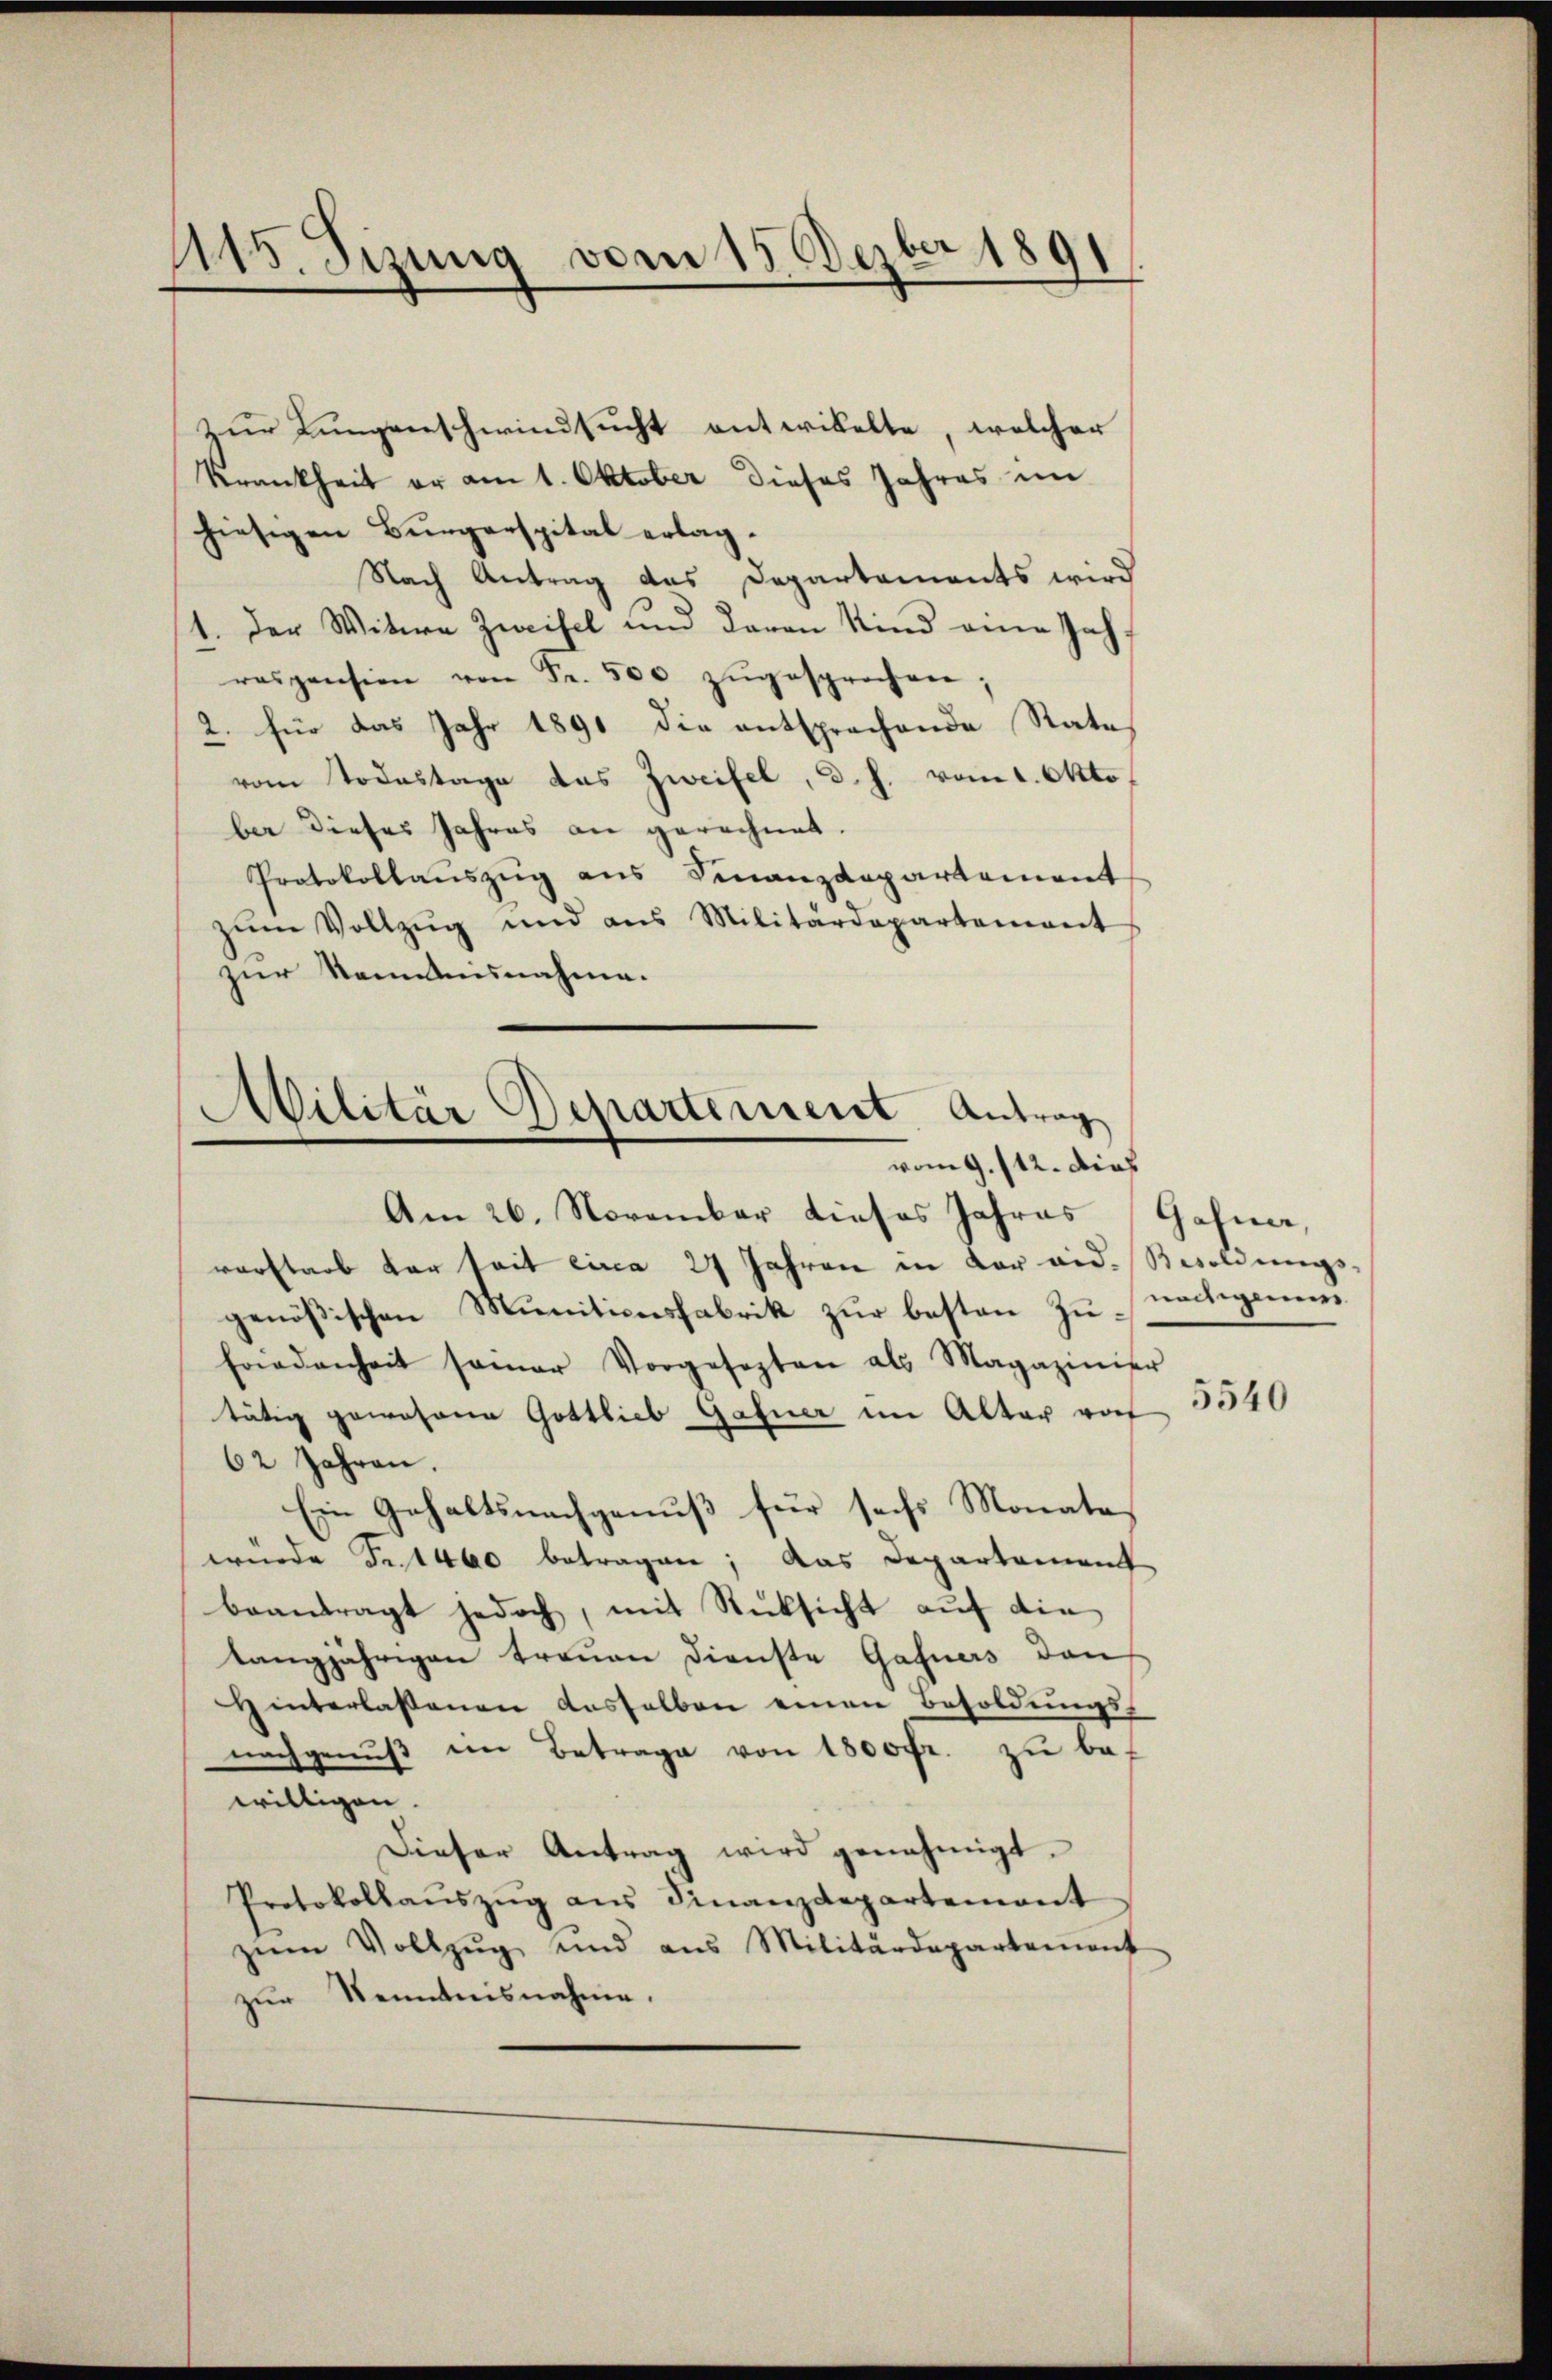
1115. Sizung vom 15. Dezbr 1891

zur Lungenschwindsucht entwickelte, welcher
Krankheit er am 1. Oktober dieses Jahres im
hiesigen Burgerspital erlag.
Nach Antrag das Departements wird
1. Der Witwe Zweifel und Baron Kind eine Jahraspension von Fr. 500 zŭgesprochen;
2. für das Jahr 1890 die entsprechende Rates
vom Todestage das Zweifel, d. h. vom 1. Okto
ber dieses Jahres an gerechnet.
Protokollauszug aus Finanzdepartement
zŭm Vollzŭg und aus Militärdepartement
zur Sandausnahme.

Militär Departement Antrag
vom 9. 112. dich

Am 26. November dieses Jahres Gafner,
verstarb der seit eina 27 Jahren in der eid. Besoldungs-
genößischen Munitionsfabrik zur besten Zu¬
Friedenheit samer Vorgesezten als Magazinier
tätig gewesene Gottlieb Gafner im Alter vorf
62 Jahren.
Ein Gehaltsnachgenuß für sechs Monate
wurde et 460 betragen; das Departement
beantragt jedoch, mit Rücksicht aŭf die
tangjährigen trauen Dienste Gafners den
Hinterlassenen desselben einen Besoldŭngs-
nachgenuß im Betrage von 1800 fr. zu bef
willigen.
Dieser Antrag wird genehmigt.
Protokollaŭszŭg aŭs Finanzdepartement
zŭm Vollzŭg und aus Militärdepartement
zur Kenntnisnahme.

nachigenen

5540